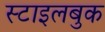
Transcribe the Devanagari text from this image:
स्टाइलबुक